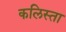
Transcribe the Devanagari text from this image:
कलिस्ता